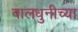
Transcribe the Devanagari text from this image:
वालधुनीच्या